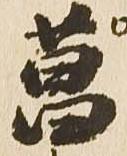
菖